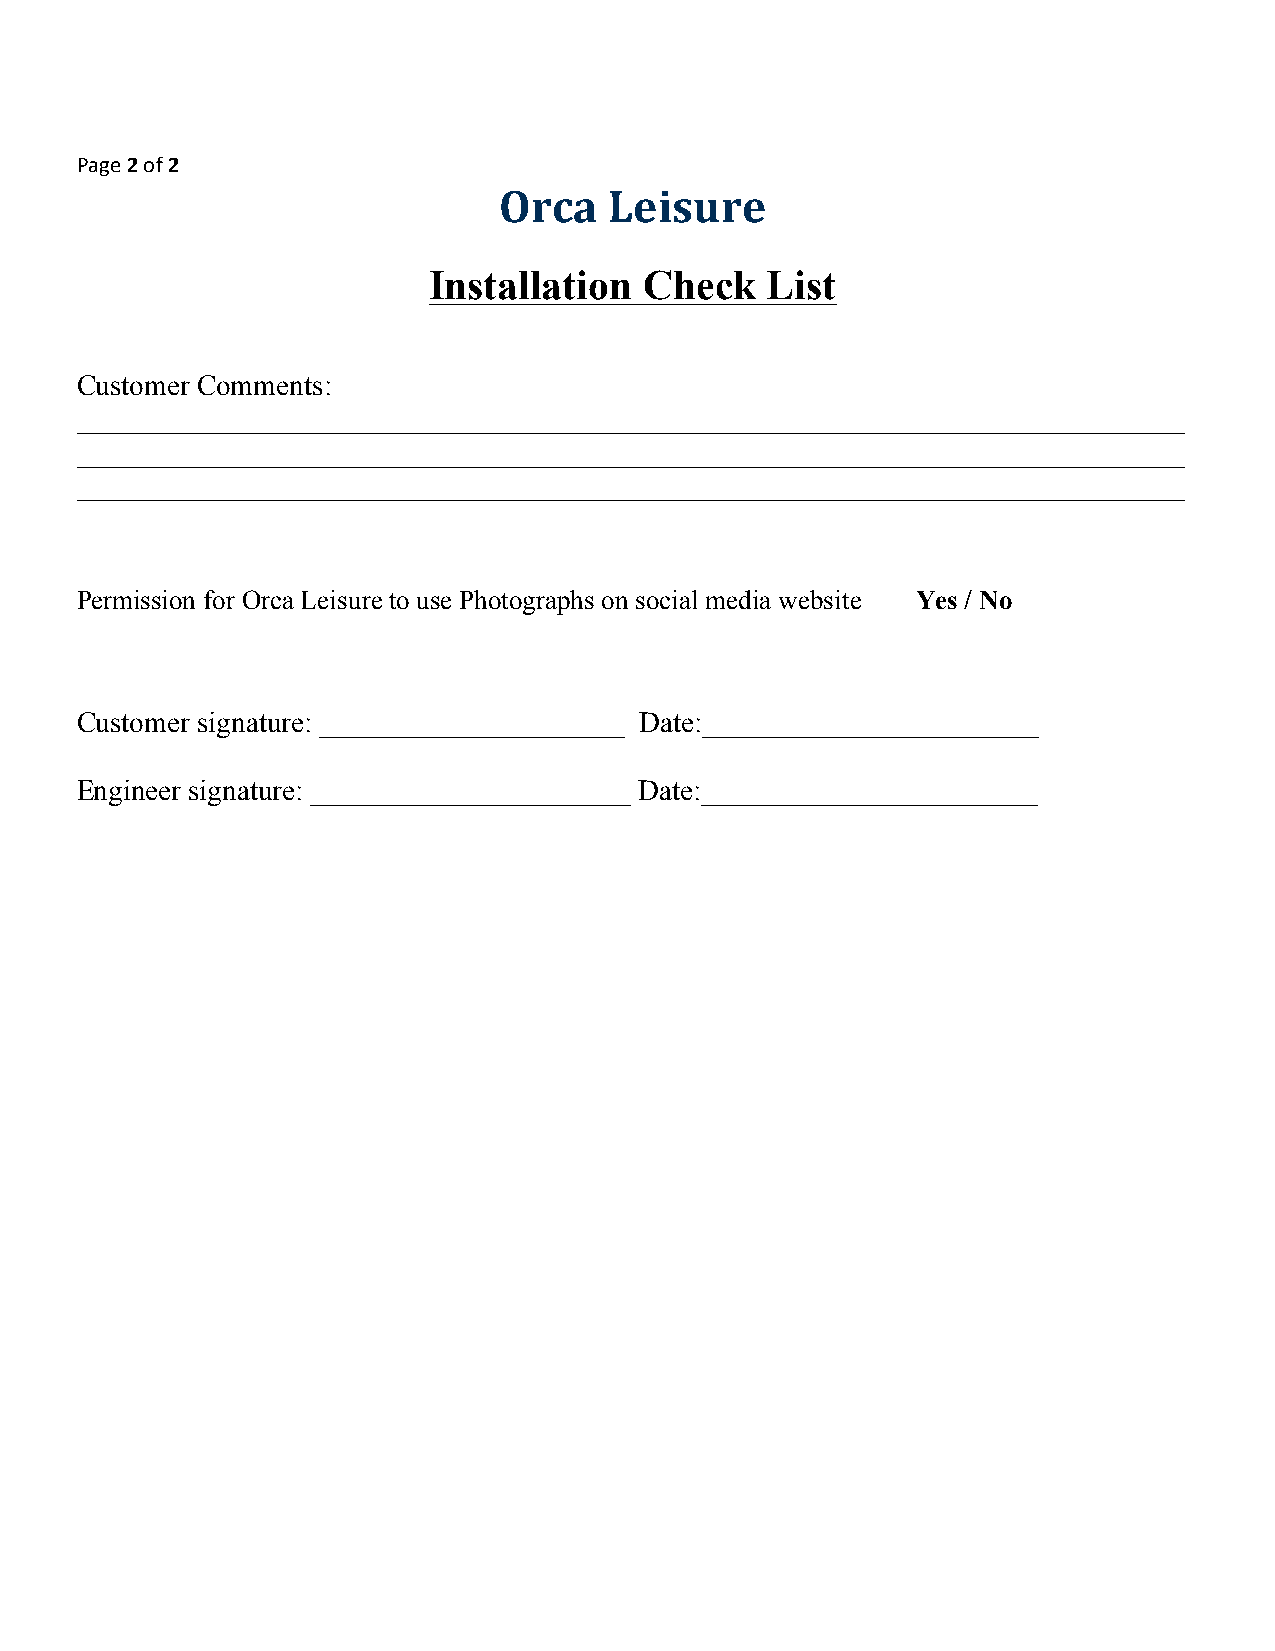
Page 2 of 2
 Orca   Leisure
 Installation   Check   List
 Customer Comments:
 ____________________________________________________________________________
 ____________________________________________________________________________
 ____________________________________________________________________________
 Permission for Orca Leisure to use Photographs on social media website Yes / No
 Customer signature: _____________________ Date:_______________________
 Engineer signature: ______________________ Date:_______________________